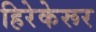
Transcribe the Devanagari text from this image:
हिरेकेरूर